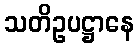
သတိဥပဋ္ဌာနေ